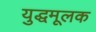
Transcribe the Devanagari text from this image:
युद्धमूलक